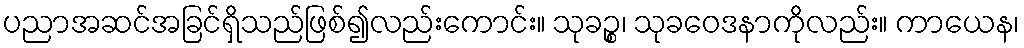
ပညာအဆင်အခြင်ရှိသည်ဖြစ်၍လည်းကောင်း။ သုခဉ္စ၊ သုခဝေဒနာကိုလည်း။ ကာယေန၊